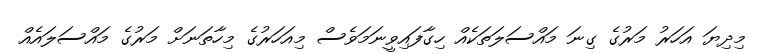
މިދިޔަ އަހަރު މަރުގެ ގިނަ މައްސަލަތަކެއް ހިގާފައިވީނަމަވެސް މިއަހަރުގެ މިހާތަނަށް މަރުގެ މައްސަލައެއް